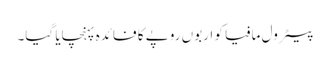
پیٹرول مافیا کو اربوں روپے کا فائدہ پہنچایا گیا۔